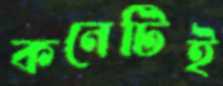
কনেটিই